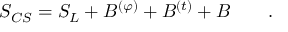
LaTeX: S _ { C S } = S _ { L } + { \cal B } ^ { ( \varphi ) } + { \cal B } ^ { ( t ) } + B \qquad .